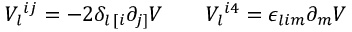
V _ { l } { } ^ { i j } = - 2 \delta _ { l \, [ i } \partial _ { j ] } { \cal V } \qquad V _ { l } { } ^ { i 4 } = \epsilon _ { l i m } \partial _ { m } { \cal V }